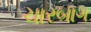
ચારબાગ